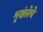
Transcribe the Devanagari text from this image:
शृखंलेचे